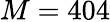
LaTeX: M=404